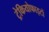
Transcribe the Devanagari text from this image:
ट्रेकियोफाइटों